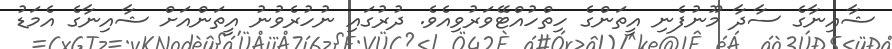
ޝާއިނާގެ ސާދާ މޫނުފެނި އީތަންގެ ހިތްހުއްޓޭވަރުވިއެވެ. ދުރުގައި ނުހުރެވުނު އީތަންއަށް ޝާއިނާގެ އެމަޑު